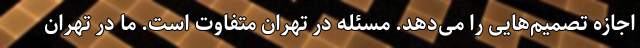
اجازه تصمیم‌هایی را می‌دهد. مسئله در تهران متفاوت است. ما در تهران